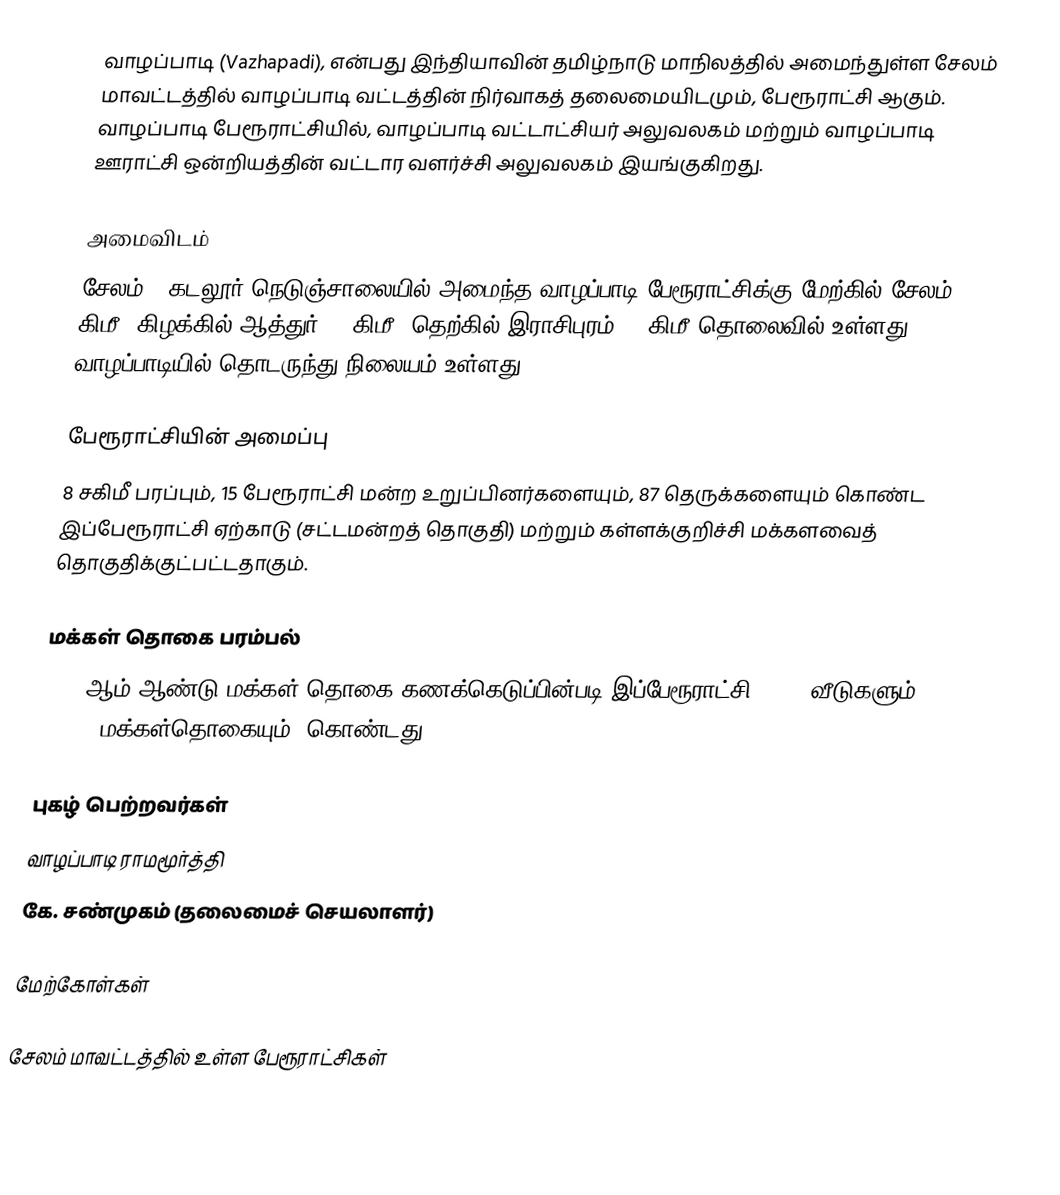
வாழப்பாடி (Vazhapadi), என்பது இந்தியாவின் தமிழ்நாடு மாநிலத்தில் அமைந்துள்ள சேலம் மாவட்டத்தில் வாழப்பாடி வட்டத்தின் நிர்வாகத் தலைமையிடமும், பேரூராட்சி ஆகும். வாழப்பாடி பேரூராட்சியில், வாழப்பாடி வட்டாட்சியர் அலுவலகம் மற்றும்  வாழப்பாடி ஊராட்சி ஒன்றியத்தின் வட்டார வளர்ச்சி அலுவலகம் இயங்குகிறது.

அமைவிடம்
சேலம்  –  கடலூர் நெடுஞ்சாலையில் அமைந்த வாழப்பாடி பேரூராட்சிக்கு மேற்கில் சேலம் 34 கிமீ; கிழக்கில் ஆத்துர் 25 கிமீ; தெற்கில் இராசிபுரம் 40 கிமீ தொலைவில் உள்ளது. வாழப்பாடியில் தொடருந்து நிலையம் உள்ளது.

பேரூராட்சியின் அமைப்பு
8 சகிமீ பரப்பும்,  15  பேரூராட்சி மன்ற உறுப்பினர்களையும், 87 தெருக்களையும்  கொண்ட இப்பேரூராட்சி ஏற்காடு (சட்டமன்றத் தொகுதி) மற்றும் கள்ளக்குறிச்சி மக்களவைத் தொகுதிக்குட்பட்டதாகும்.

மக்கள் தொகை பரம்பல்
2011-ஆம் ஆண்டு மக்கள் தொகை கணக்கெடுப்பின்படி  இப்பேரூராட்சி  4,582  வீடுகளும், 17,559 மக்கள்தொகையும், கொண்டது.

புகழ் பெற்றவர்கள்
 வாழப்பாடி ராமமூர்த்தி
 கே. சண்முகம் (தலைமைச் செயலாளர்)

மேற்கோள்கள்

சேலம் மாவட்டத்தில் உள்ள பேரூராட்சிகள்